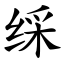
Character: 䌽